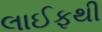
લાઈફથી